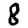
Digit: 8